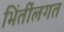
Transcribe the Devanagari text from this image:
भिंतींलगत